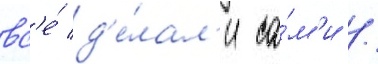
вс'е́ д'е́лал'и са́м'и /